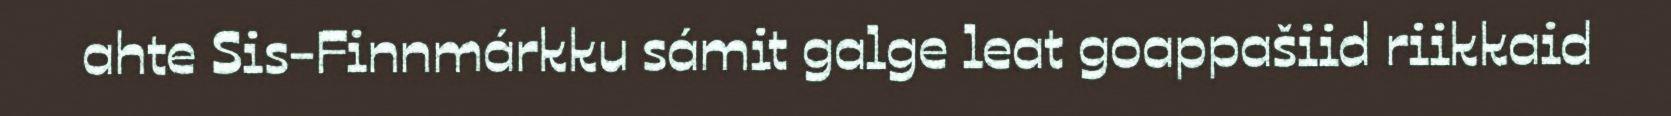
ahte Sis-Finnmárkku sámit galge leat goappašiid riikkaid